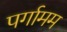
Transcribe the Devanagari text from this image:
पर्गामम